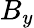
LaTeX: B_{y}